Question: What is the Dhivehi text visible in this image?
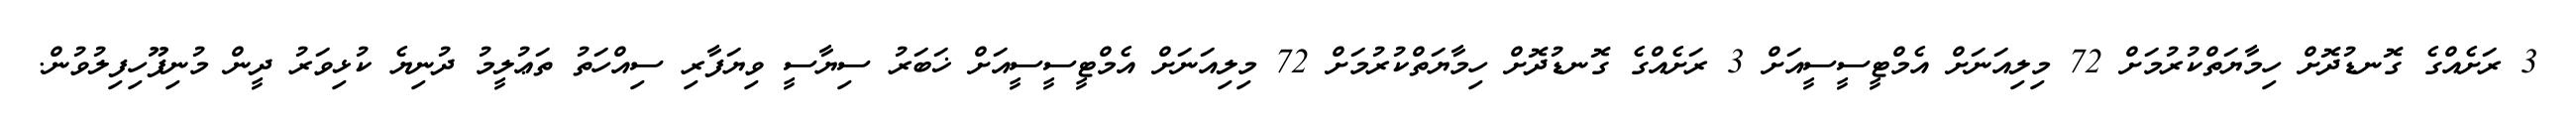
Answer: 3 ރަށެއްގެ ގޮނޑުދޮށް ހިމާޔަތްކުރުމަށް 72 މިލިއަނަށް އެމްޓީސީސީއަށް 3 ރަށެއްގެ ގޮނޑުދޮށް ހިމާޔަތްކުރުމަށް 72 މިލިއަނަށް އެމްޓީސީސީއަށް ޚަބަރު ސިޔާސީ ވިޔަފާރި ސިއްހަތު ތަޢުލީމު ދުނިޔެ ކުޅިވަރު ދީން މުނިފޫހިފިލުވުން.